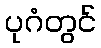
ပုဂံတွင်